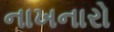
નાખનારો